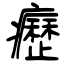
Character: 癧